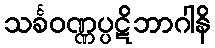
သင်္ခဝဏ္ဏပ္ပဋိဘာဂါနိ